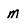
Character: m